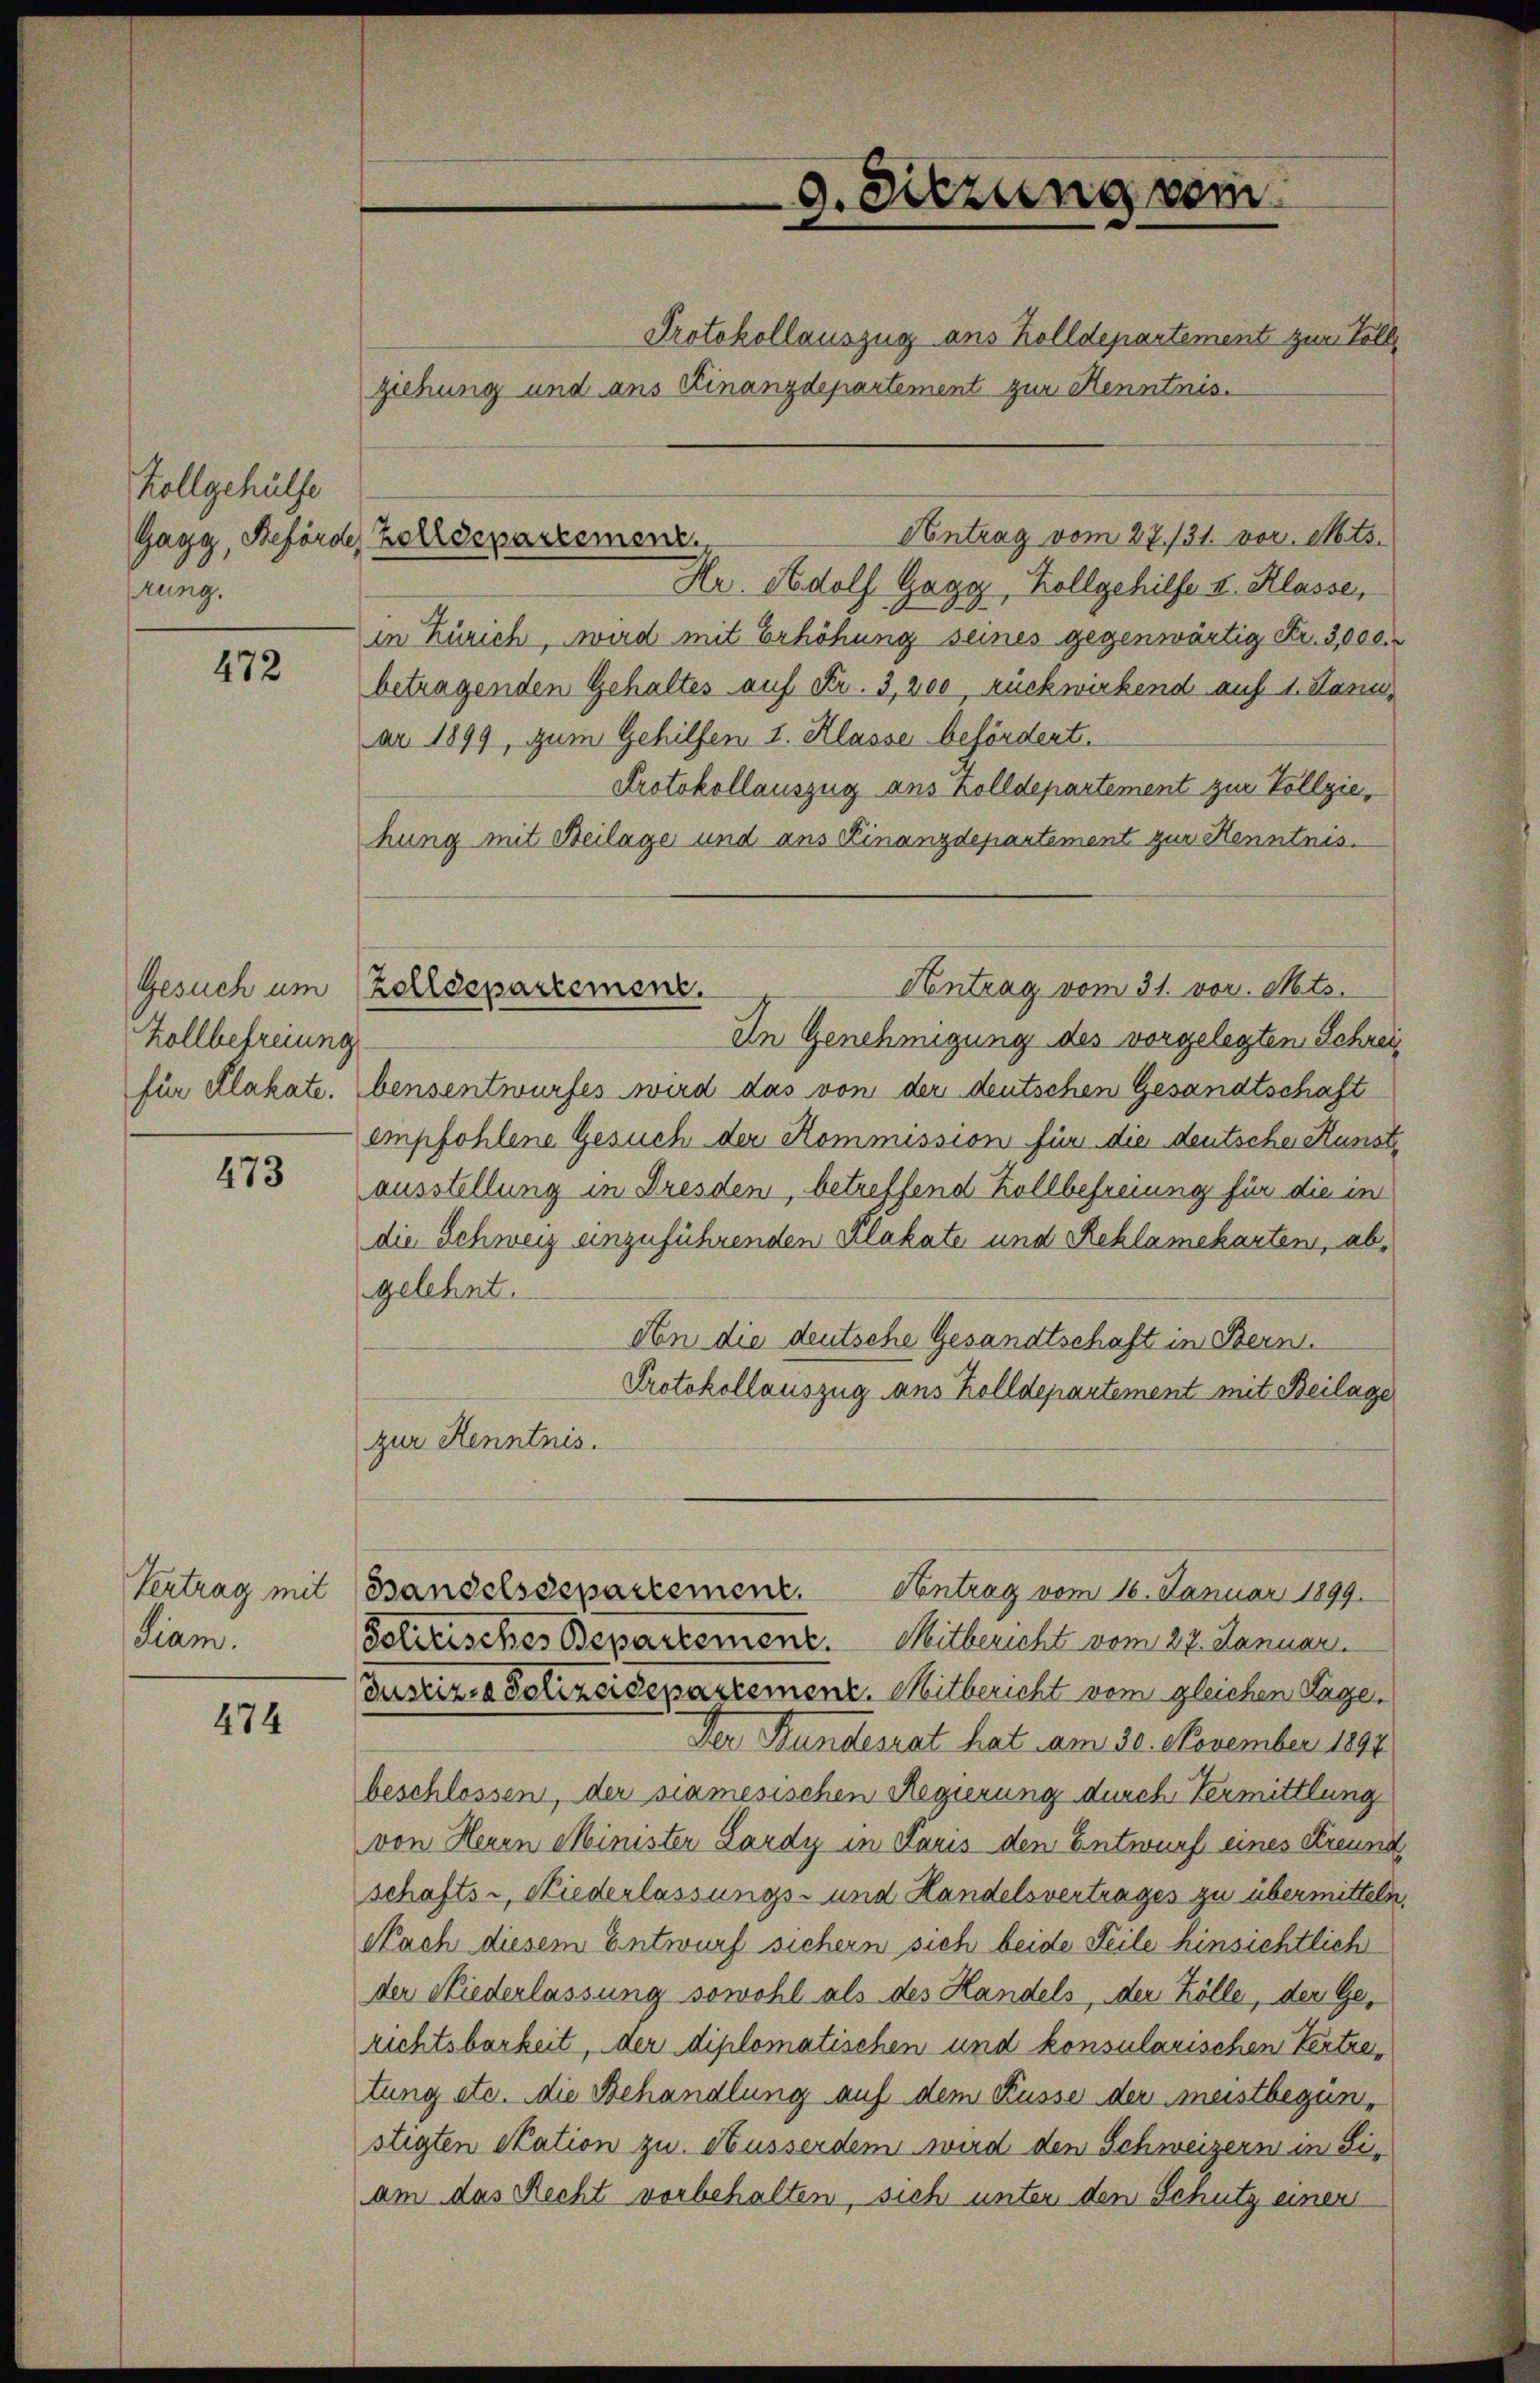
Zollgehülfe
Gagy, Beförde
rung.

472

Gesuch um
Zollbefreiung

473

Vertrag mit
Liam.

474

Zolldepartement

hung mit Beilage und ans Finanzdepartement zur Kenntnis.

9. Sitzung vom
Protokollauszug ans Zolldepartement zur Vollziehung und ans Finanzdepartement zur Kenntnis.

Hr. Adolf Gagy, Kollgehilfe II. Klasse,
in Zürich, wird mit Erhöhung seines gegenwärtig Fr. 3000.
betragenden Gehaltes auf Fr. 3, 200 rückwirkend auf 1. Janu
ar 1899, zum Gehilfen 1. Klasse befördert.
Protokollauszug aus Zolldepartement zur Vollzie¬
In Genehmigung des vorgelegten Schreifür Plakate. Ebensentwurfes wird das von der deutschen Gesandtschaft
empfohlene Gesuch der Kommission für die deutsche Kunste
ausstellung in Dresden, betreffend Zollbefreiung für die in
die Schweiz einzuführenden Plakate und Reklamekarten, abgelehnt.
An die deutsche Gesandtschaft in Bern.
Protokollauszug aus Zolldepartement mit Beilage
zur Kenntnis.
Antrag vom 16. Januar 1899.
Bandelsdepartement.
Solitisches Departement. Mitbericht vom 27. Januar
Justiz- & Polizeidepartement. Mitbericht vom gleichen Tage.
Der Bundesrat hat am 30. November 1891
beschlossen, der siamesischen Regierung durch Vermittlung
von Herrn Minister Lardy in Paris den Entwurf eines Kreund
schafts-, Niederlassungs- und Handelsvertrages zu übermitteln.
Nach diesem Entwurf sichern sich beide Teile hinsichtlich
der Niederlassung sowohl als des Handels, der Kölle, der Gerichtsbarkeit, der diplomatischen und konsularischen Vertretung etc. die Behandlung auf dem Kusse der meistbegünstigten Station zu Husserdem wird den Schweizern in Siam das Recht vorbehalten, sich unter den Schutz einen

Antrag vom 31. vor. Mts.
Zolldepartement.

Antrag vom 27./31. vor. Mts.